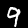
Digit: 9